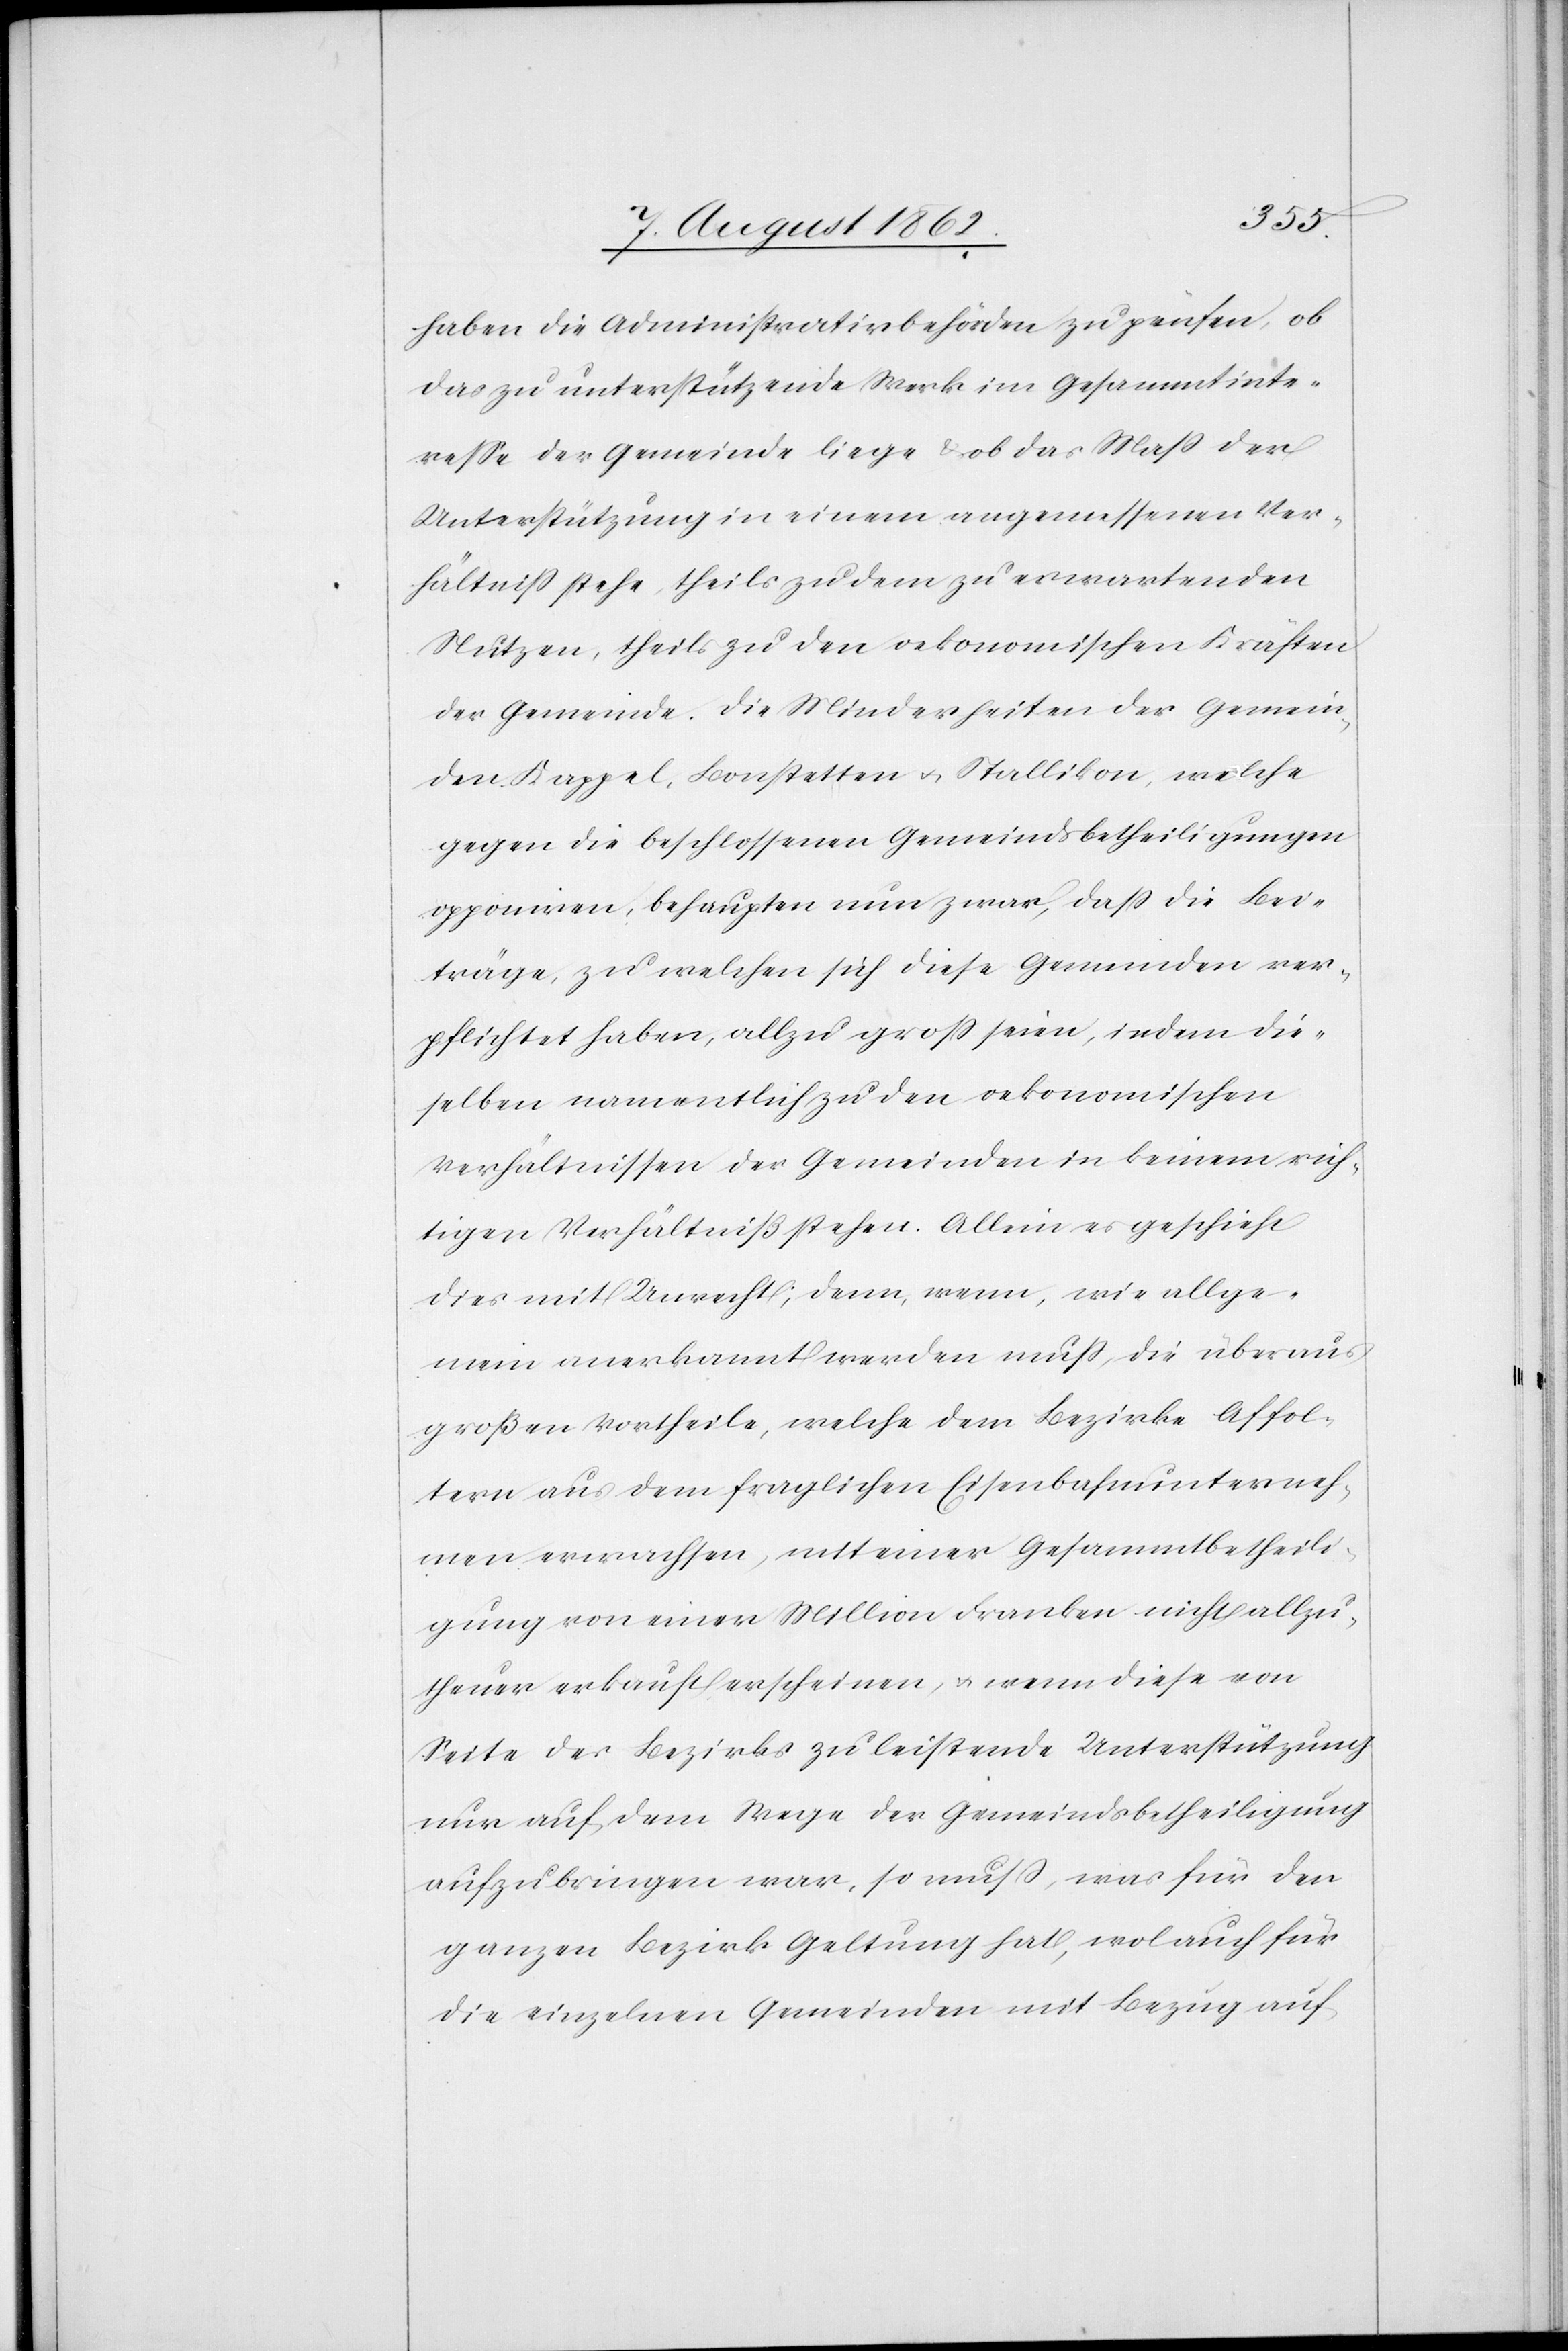
haben die Administrativbehörden zu prüfen, ob
das zu unterstützende Werk im Gesammtinte¬
reße der Gemeinde liege u. ob das Maß der
Unterstützung in einem angemessenen Ver¬
hältniß stehe, theils zu dem zu erwartenden
Nutzen, theils zu den oekonomischen Kräften
der Gemeinde. Die Minderheiten der Gemein¬
den Kappel, Bonstetten u. Stallikon, welche
gegen die beschlossenen Gemeindsbetheiligungen
opponiren, behaupten nun zwar, daß die Bei¬
träge, zu welchen sich diese Gemeinden ver¬
pflichtet haben, allzugroß seien, indem die¬
selben namentlich zu den oekonomischen
Verhältnissen der Gemeinden in keinem rich¬
tigen Verhältniß stehen. Allein es geschieht
dies mit Unrecht; denn, wenn, wie allge¬
mein anerkannt werden muß, die überaus
großen Vortheile, welche dem Bezirke Affol¬
tern aus dem fraglichen Eisenbahnunterneh¬
men erwachsen, mit einer Gesammtbetheili¬
gung von einer Million Franken nicht allzu
theuer verkauft erscheinen, u. wenn diese von
Seite des Bezirks zu leistende Unterstützung
nur auf dem Wege der Gemeindsbetheiligung
aufzubringen war, so muß, was für den
ganzen Bezirk Geltung hat, wol auch für
die einzelnen Gemeinden mit Bezug auf